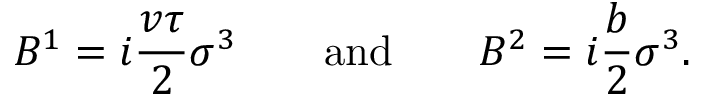
B ^ { 1 } = i { \frac { v \tau } { 2 } } \sigma ^ { 3 } \qquad \mathrm { a n d } \qquad B ^ { 2 } = i { \frac { b } { 2 } } \sigma ^ { 3 } .